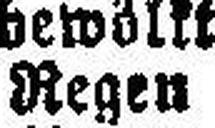
Regen